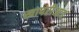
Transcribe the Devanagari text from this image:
खापरीआड